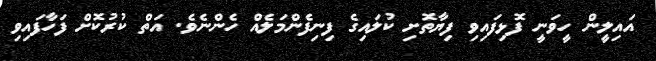
އައިލީން ހީވަނީ ފޮޅިފައިވި ފިޔާތޮށި ކުލައިގެ ފިނިފެންމަލެއް ހެންނެވެ. އަތް ކުރުކޮށް ފަހާފައިވި